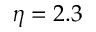
\eta = 2 . 3